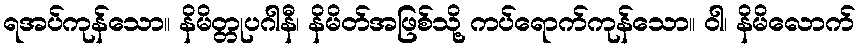
ရအပ်ကုန်သော။ နိမိတ္တုပဂါနီ၊ နိမိတ်အဖြစ်သို့ ကပ်ရောက်ကုန်သော။ ဝါ၊ နိမိလောက်